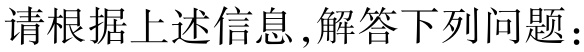
请根据上述信息, 解答下列问题：